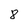
Character: 8